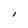
Character: l